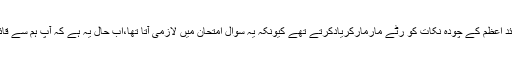
جب میٹرک میں تھے تو مطالعہ پاکستان کے مضمون میں قائد اعظم کے چودہ نکات کو رٹے مارمارکریادکرتے تھے کیونکہ یہ سوال امتحان میں لازمی آتا تھا،اب حال یہ ہے کہ آپ ہم سے قائد اعظم کا کوئی ایک نکتہ بھی سن لیں مجال جو یاد رہ گیا ہو۔